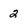
Character: 2